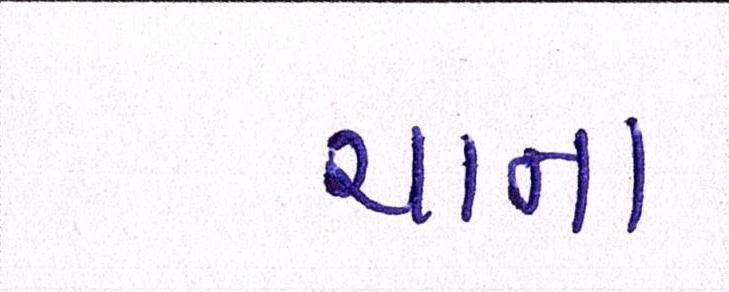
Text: ચાના